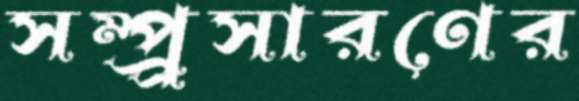
সম্প্র্রসারণের